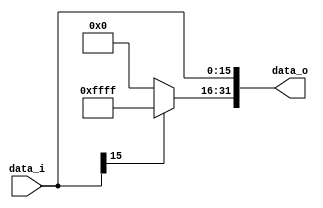
//Subject:     CO project 2 - Sign extend
//--------------------------------------------------------------------------------
//Version:     1
//--------------------------------------------------------------------------------
//Writer:      0816192
//----------------------------------------------
//Date:        
//----------------------------------------------
//Description: 
//--------------------------------------------------------------------------------

module Sign_Extend(
    data_i,
    data_o
    );
               
//I/O ports
input   [16-1:0] data_i;
output  [32-1:0] data_o;

//Internal Signals
reg     [32-1:0] data_o;

//Sign extended
always	@(data_i)begin
	data_o[16-1: 0] <= data_i;
	data_o[32-1:16] <= data_i[15] ? 16'hffff : 16'h0;
end
          
endmodule